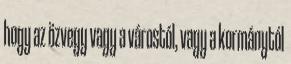
hogy az özvegy vagy a várostól, vagy a kormánytól